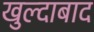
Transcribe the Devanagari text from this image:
खुल्‍दाबाद